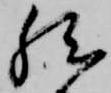
然